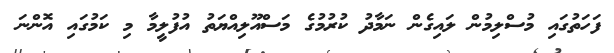
ފަހަތުގައި މުސްލިމުން ލައިގެން ނަމާދު ކުރުމުގެ މަސްއޫލިއްޔަތު އުފުލީމާ މި ކަމުގައި އޮންނަ